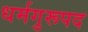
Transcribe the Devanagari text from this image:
धर्मगुरूपद